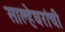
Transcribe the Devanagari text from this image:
साल्हेघरांची